Annual report on the lock hospitals of the Madras Presidency
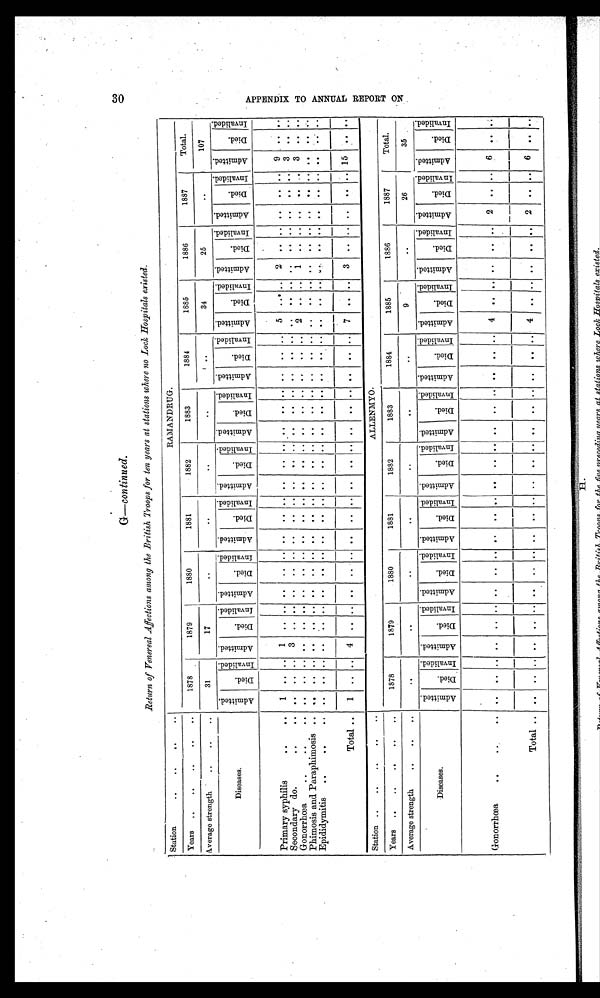
G—continued.
Return of Venereal Affections among the British Troops for ten years at stations where no Lock Hospitals existed.
Station
. .
. .
. . .
RAMANDRUG.
Years ..
..
. . . . .
1878
1879
1880
1881
1882
1883
1884
1885
1886
1887
Total.
average strength
..
. . . .
31
17
. .
. .
. .
. .
..
34
25
..
107
Diseases.
A d m i t t e d
D i e d .
I n v a l i d e d . A d m i t t e d
D i e d .
I n v a l i d e d . A d m i t t e d
D i e d .
I nval i ded. A d m i t t e d
D i e d .
I nval i ded. A d m i t t e d
D i e d .
I nval i ded.
A d m i t t e d
D i e d .
I nval i ded.
A d m i t t e d
Died.
I nval i ded. A d m i t t e d
D i e d .
I n v a l i d e d .
A d m i t t e d
D i e d .
I n v a l i d e d . A d m i t t e d
D i e d .
I n v a l i d e d . A d m i t t e d
D i e d .
I n v a l i d e d .
Primary syphilis
. .
. . 1 .. .. 1
. . . . . .
. . ..
..
. . ..
. .
. . ..
. .
. . ..
..
. . ..
5
. . . . 2
. .
. . . .
. .
. .
9
..
Secondary do...
. .
. . .. 3
. . .. -
. . ..
..
. . . ..
. .
. . .. . .
. . ..
. . .
. . .. . .
. .
. . . . .
. .
. .
. . .
. . . . 3
. . . .
Gonorrhea..
. .
. .
. .
. .
. . . .
. .
. . . .
. . ..
..
. . ..
. .
. . ..
. .
. . ..
. .
. . ..
2
1 .. .. . .
. .
3
. . . .
Phimosis and Paraphimosis .. .. .. .. .. .. .. ..
. . es ..
. . e.
. .
. . ..
. .
. . ..
. .
. . .. . .
. .
. . . .
. .
. . . .
. .
. . ..
. .
Epididymitis
..
. . . . . .
.--
. . . .
. .
..
. . ....
..
..
..
. .
. .
. .
. .
. .
. .
. .
—. . . . . .
. .
. . . . .
..—
Total ..
1 .. .. 4
..
. . . . . .
. . . . . .
. . ..
. .
. . .
7 ..
. . 3
. .
. . . .
.. .. 15
. . . .
Station ..
.
. . .
. .
. .
ALLENINIYO.
Years..
.
. . .
. .
. .
1878
1879
1880
1881
1882
1883
1884
1885
1886
1887
Total.
Average strength
. .
. .
. .
. .
. .
..
. .
. .
. .
..
9
. .
26
35
Diseases.
A d m i t t e d
D i e d .
I n v a l i d e d . A d m i t t e d
D i e d .
I n v a l i d e d . A d m i t t e d
D i e d .
I nval i ded. A d m i t t e d
D i e d .
I n v a l i d e d .
A d m i t t e d
D i e d .
I n v a l i d e d . A d m i t t e d
D i e d .
I nval i ded. A d m i t t e d
D i e d .
I nval i ded. A d m i t t e d
D i e d .
I n v a l i d e d .
A d m i t t e d
D i e d .
I n v a l i d e d . A d m i t t e d
D i e d .
I n v a l i d e d .
A d m i t t e d
D i e d .
I n v a l i d e d .
Gonorrhoea
. .
. .
. .
. . .
. . . . .
. . ..
. .
. . ..
. .
. . ..
. .
. . ..
. . .. ..
4
. .
. . . .
. .
. . 2 .. ..
. .
. .
Total . .
. .
. .
. . .
. .
. .
. .
. .
. .
. . ..
. .
. .
. . .
. .
.
. .
. . .. 4
. .
. . . .
. .
.
2
. .
. . 6
. .
. .
3 0 A P P E N D E X T O A N N U A L R E P O R T O N